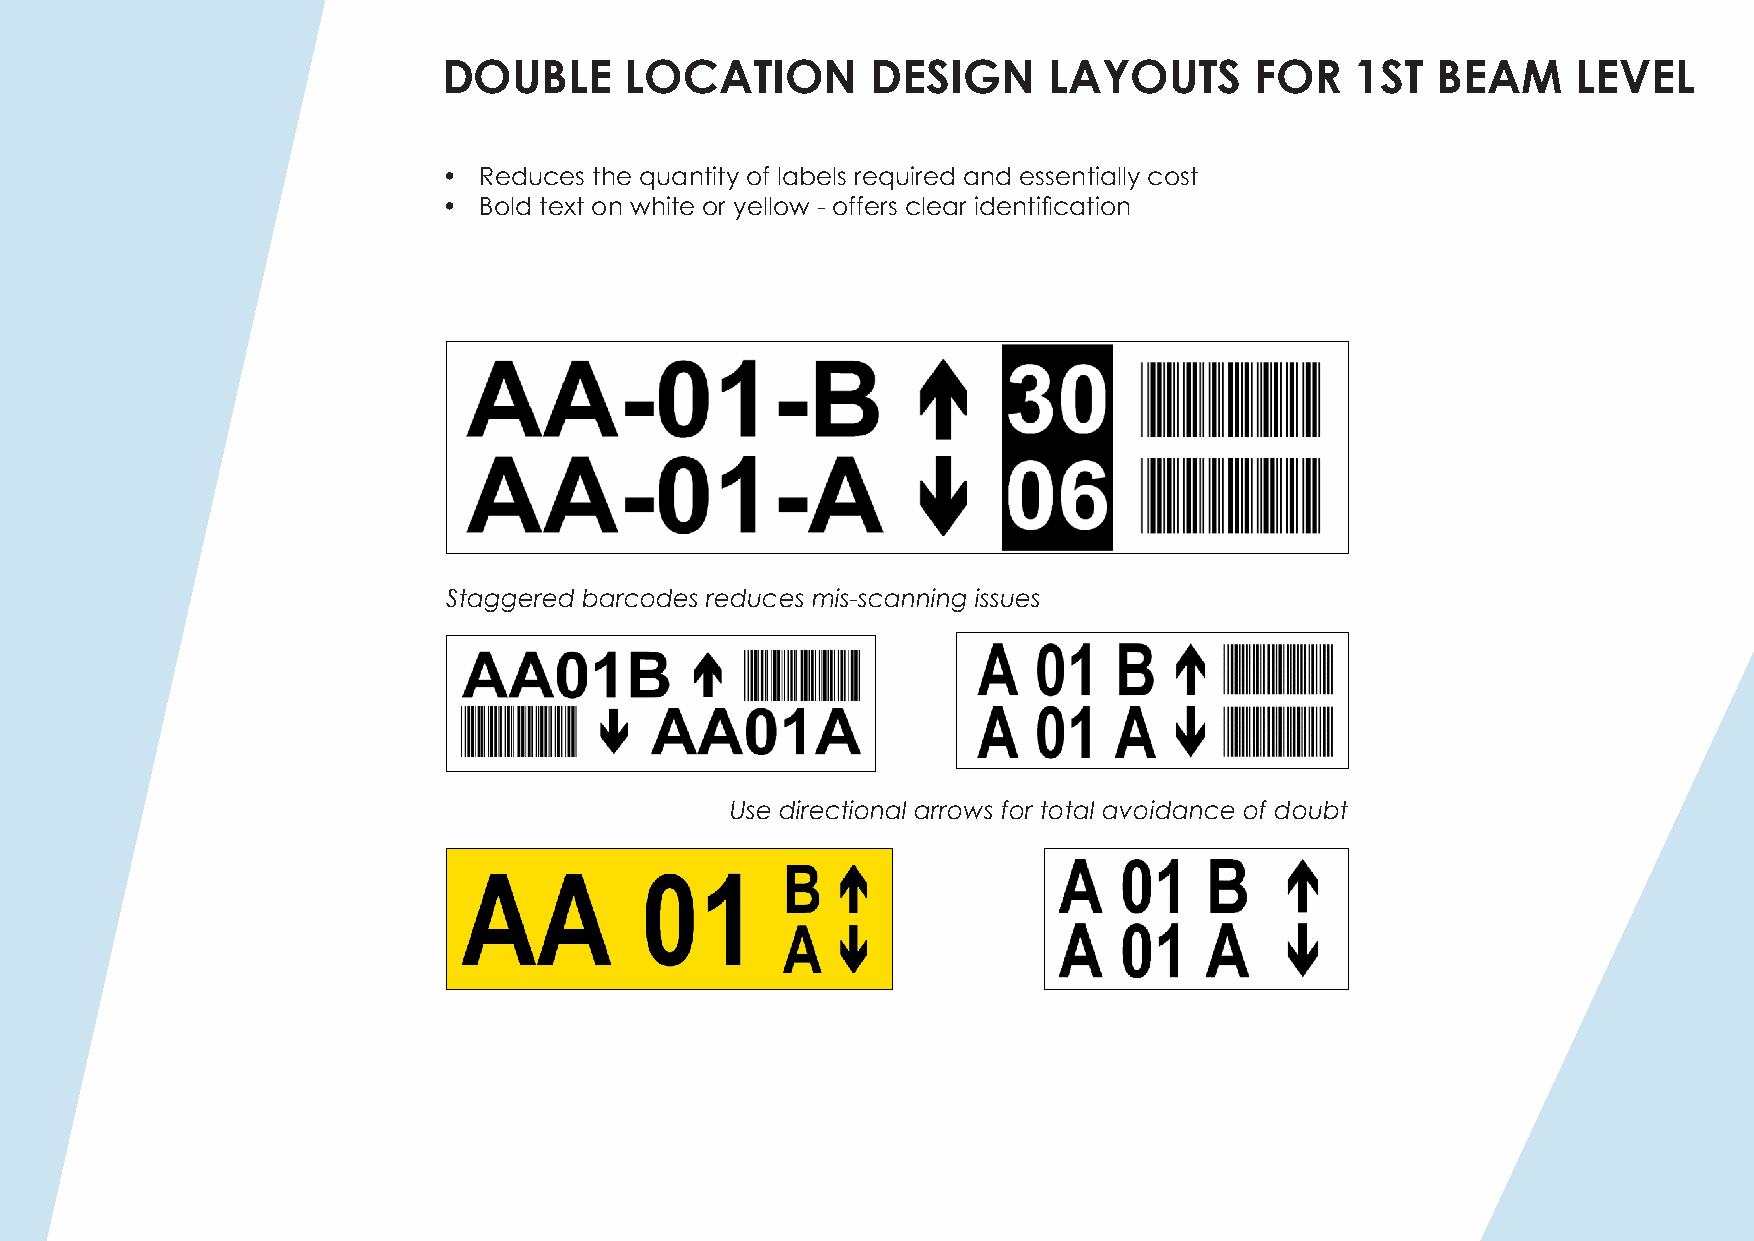
DOUBLE      LOCATION         DESIGN     LAYOUTS       FOR    1ST  BEAM     LEVEL
 •  Reduces the quantity of labels required and essentially cost
 •  Bold text on white or yellow - offers clear identification
 Staggered barcodes reduces mis-scanning issues
 Use directional arrows for total avoidance of doubt